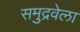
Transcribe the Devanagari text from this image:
समुद्रवेला